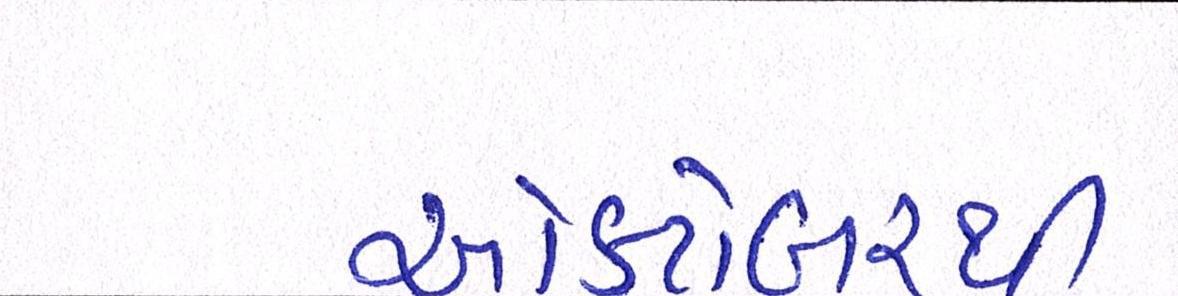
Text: ઓક્ટોબરથી